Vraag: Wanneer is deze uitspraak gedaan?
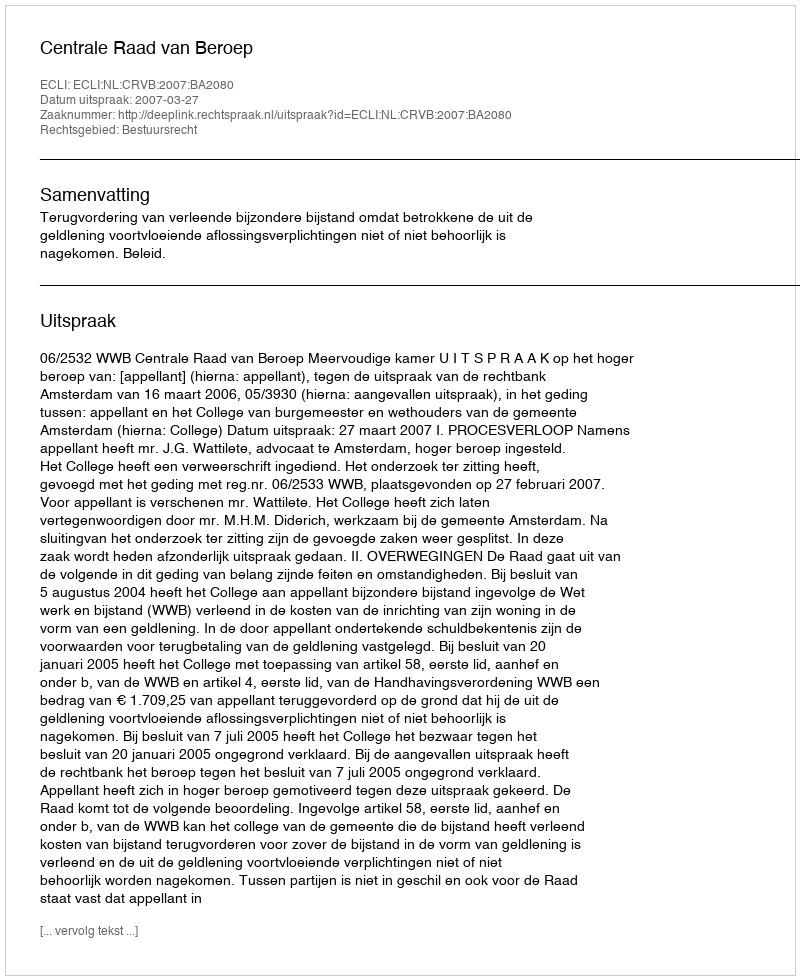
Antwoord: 2007-03-27